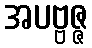
အပဗ္ဗဇ္ဇ